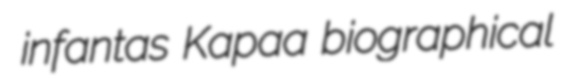
infantas Kapaa biographical